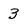
Character: 3